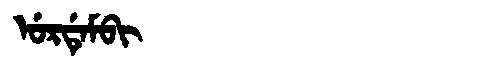
Manchu: ᡠᡵᡩᡝᠮᠪᡳ
Romanization: URDEMBI